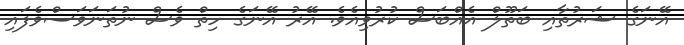
އޭނަގެ ޝަރުތާއި ބަތޫލް އެއްބަސް ކުރުވިއެވެ. އޭރު އޭނަގެ ހިތް ވެސް ނުތަނަވަސްވެފައި